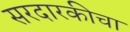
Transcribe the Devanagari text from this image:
सरदारकीचा